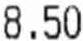
8.50